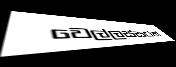
වෙල්ලස්සටත්